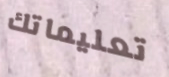
تعليماتك